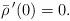
LaTeX: \begin{align*}\bar{\rho}\,'(0)=0.\end{align*}